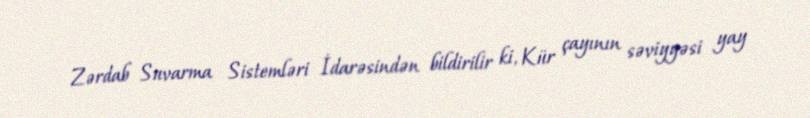
Zərdab Suvarma Sistemləri İdarəsindən bildirilir ki, Kür çayının səviyyəsi yay